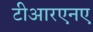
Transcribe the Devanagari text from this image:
टीआरएनए